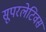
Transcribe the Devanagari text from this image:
सूपरलेटिवस